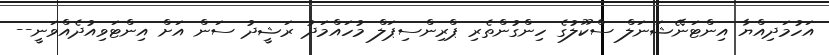
އަހުމަދިއްޔާ އިންޓަނޭޝަނަލް ސްކޫލުގެ ހިންގުންތެރި ޕްރިންސިޕަލް މުހައްމަދު ރަޝީދު ސަން އަށް އިންޓަވިއުދެއްވަނީ--